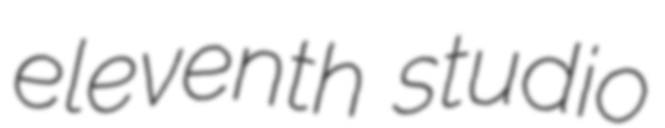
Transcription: eleventh studio